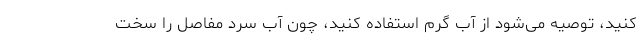
کنید، توصیه می‌شود از آب گرم استفاده کنید، چون آب سرد مفاصل را سخت